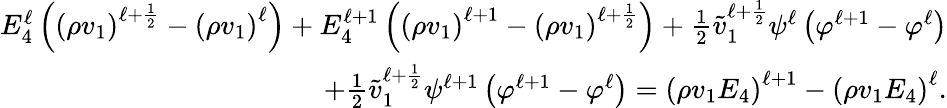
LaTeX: \begin{array}{r}{E_{4}^{\ell}\left(\left(\rho v_{1}\right)^{\ell+\frac{1}{2}}-\left(\rho v_{1}\right)^{\ell}\right)+E_{4}^{\ell+1}\left(\left(\rho v_{1}\right)^{\ell+1}-\left(\rho v_{1}\right)^{\ell+\frac{1}{2}}\right)+\frac{1}{2}\tilde{v}_{1}^{\ell+\frac{1}{2}}\psi^{\ell}\left(\varphi^{\ell+1}-\varphi^{\ell}\right)}\\ {+\frac{1}{2}\tilde{v}_{1}^{\ell+\frac{1}{2}}\psi^{\ell+1}\left(\varphi^{\ell+1}-\varphi^{\ell}\right)=\left(\rho v_{1}E_{4}\right)^{\ell+1}-\left(\rho v_{1}E_{4}\right)^{\ell}.}\end{array}